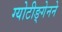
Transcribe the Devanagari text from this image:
ग्योटीङ्गेनने